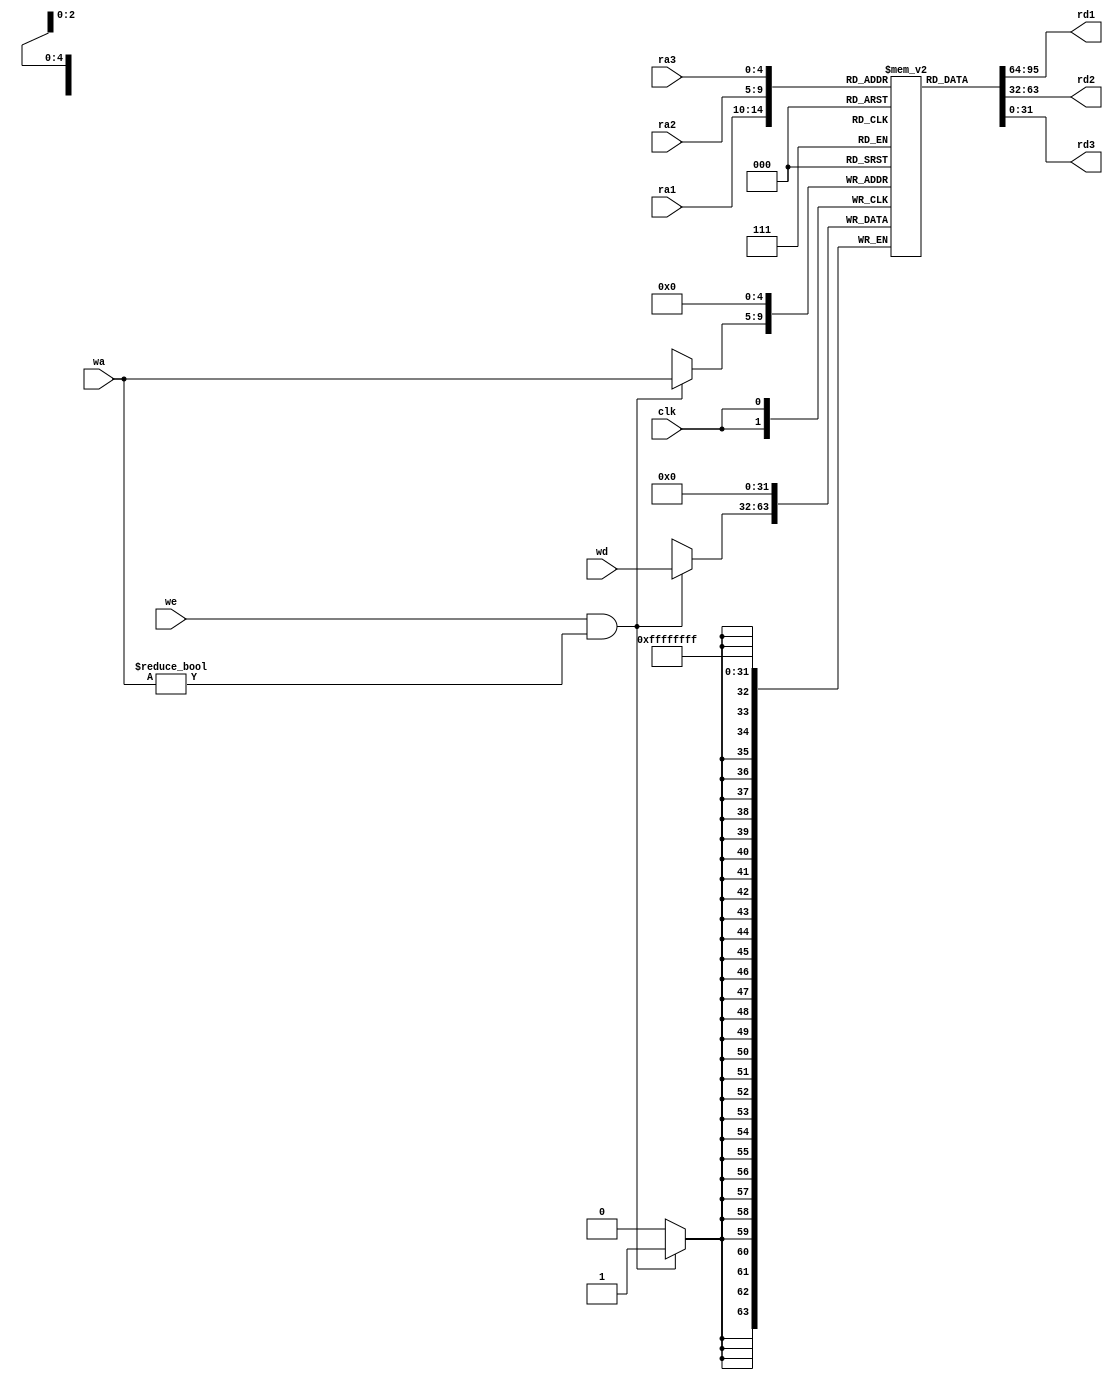
`timescale 1ns / 1ps
//////////////////////////////////////////////////////////////////////////////////
// Company: 
// Engineer: 
// 
// Design Name: 
// Module Name: register_file
// Project Name: 
// Target Devices: 
// Tool Versions: 
// Description: 
// 
// Dependencies: 
// 
// Revision:
// Revision 0.01 - File Created
// Additional Comments:
// 
//////////////////////////////////////////////////////////////////////////////////


module register_file(
    input clk,
    input [4:0] ra1, ra2,   //
    output [31:0] rd1, rd2, //
    input [4:0] wa,         //
    input [31:0] wd,        //
    input we,               //
    input [4:0] ra3,        //()
    output [31:0] rd3       //()
    );

    reg [31:0] rf [0:31];   //

    assign rd1 = rf[ra1];
    assign rd2 = rf[ra2];
    assign rd3 = rf[ra3];


    always @(posedge clk) begin
        rf[0] <= 0;  //0
        //0
        if(we && wa != 5'b0)begin
            rf[wa] <= wd;   //
        end   
    end
endmodule